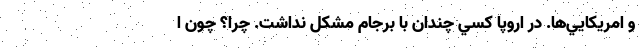
و امريكايي‌ها. در اروپا كسي چندان با برجام مشكل نداشت. چرا؟ چون ا